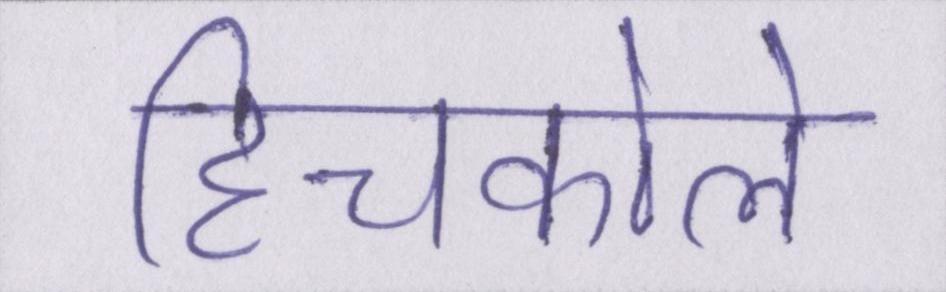
हिचकोले